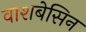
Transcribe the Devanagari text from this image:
वाशबेसिन